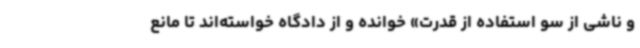
و ناشی از سو استفاده از قدرت» خوانده و از دادگاه خواسته‌اند تا مانع